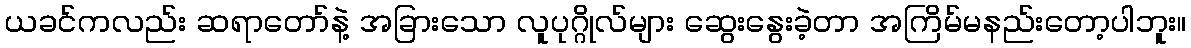
ယခင်ကလည်း ဆရာတော်နဲ့ အခြားသော လူပုဂ္ဂိုလ်များ ဆွေးနွေးခဲ့တာ အကြိမ်မနည်းတော့ပါဘူး။